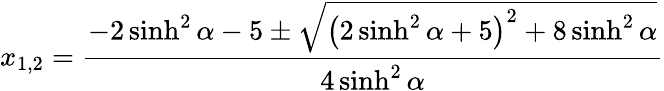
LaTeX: x_{1,2}=\frac{-2\sinh^{2}\alpha-5\pm\sqrt{\left(2\sinh^{2}{\alpha}+5\right)^{2}+8\sinh^{2}{\alpha}}}{4\sinh^{2}{\alpha}}